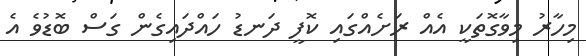
މިހާރު މިވާގޮތަކީ އެއް ރަށެއްގައި ކޮފީ ދަނޑު ހައްދައިގެން ގަސް ބޮޑުވެ އެ